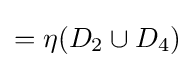
{\textstyle =\eta (D_{2}\cup D_{4})}